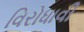
વિરોધાવી